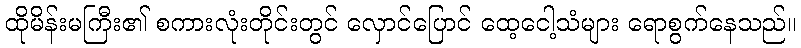
ထိုမိန်းမကြီး၏ စကားလုံးတိုင်းတွင် လှောင်ပြောင် ထေ့ငေါ့သံများ ရောစွက်နေသည်။